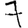
Digit: 7